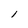
Character: l